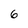
Character: 6